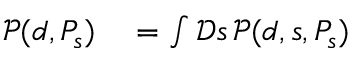
\begin{array} { r l } { { \mathcal { P } } ( d , P _ { s } ) } & { { } = \int { \mathcal { D } } s \, { \mathcal { P } } ( d , s , P _ { s } ) } \end{array}